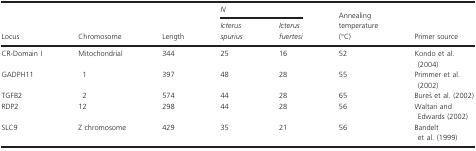
<table><thead><tr><td rowspan="2"><b>Locus</b></td><td rowspan="2"><b>Chromosome</b></td><td rowspan="2"><b>Length</b></td><td colspan="2"><b><i>N</i></b></td><td rowspan="2"><b>Annealing temperature (°C)</b></td><td rowspan="2"><b>Primer source</b></td></tr><tr><td><b><i>Icterus spurius</i></b></td><td><b><i>Icterus fuertesi</i></b></td></tr></thead><tbody><tr><td>CR‐Domain I</td><td>Mitochondrial</td><td>344</td><td>25</td><td>16</td><td>52</td><td>Kondo et al. (2004)</td></tr><tr><td>GADPH11</td><td>1</td><td>397</td><td>48</td><td>28</td><td>55</td><td>Primmer et al. (2002)</td></tr><tr><td>TGFB2</td><td>2</td><td>574</td><td>44</td><td>28</td><td>65</td><td>Bureš et al. (2002)</td></tr><tr><td>RDP2</td><td>12</td><td>298</td><td>44</td><td>28</td><td>56</td><td>Waltari and Edwards (2002)</td></tr><tr><td>SLC9</td><td>Z chromosome</td><td>429</td><td>35</td><td>21</td><td>56</td><td>Bandelt et al. (1999)</td></tr></tbody></table>